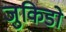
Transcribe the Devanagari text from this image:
जुकिडो